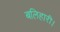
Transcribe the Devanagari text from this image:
बलिहारी।